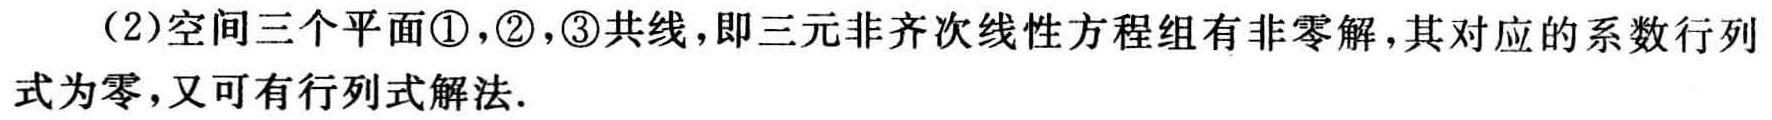
（2）空间三个平面\textcircled{1}，\textcircled{2}，\textcircled{3}共线，即三元非齐次线性方程组有非零解，其对应的系数行列式为零，又可有行列式解法.